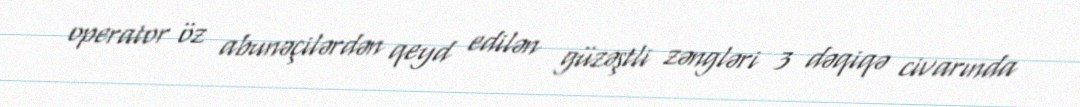
operator öz abunəçilərdən qeyd edilən güzəştli zəngləri 3 dəqiqə civarında